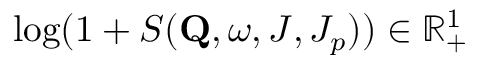
\mathrm { l o g } ( 1 + S ( \mathbf { Q } , \omega , J , J _ { p } ) ) \in \mathbb { R } _ { + } ^ { 1 }